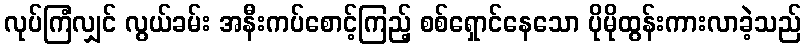
လုပ်ကြံလျှင် လွယ်ခမ်း အနီးကပ်စောင့်ကြည့် စစ်ရှောင်နေသော ပိုမိုထွန်းကားလာခဲ့သည်